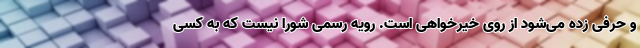
و حرفی زده می‌شود از روی خیرخواهی است. رویه رسمی شورا نیست که به کسی